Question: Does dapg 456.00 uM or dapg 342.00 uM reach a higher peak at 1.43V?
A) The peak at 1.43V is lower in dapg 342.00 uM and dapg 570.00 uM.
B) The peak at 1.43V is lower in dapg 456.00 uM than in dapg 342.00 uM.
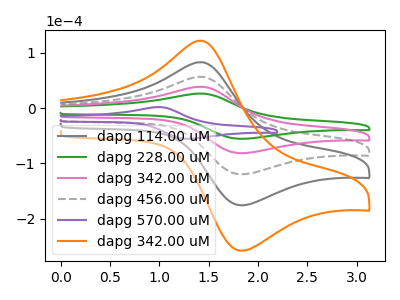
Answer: <think>The gray curve "dapg 114.00 uM" has an anodic peak at (1.45V, 115.35uA) and a cathodic peak at (1.85V, -244.60uA). The green curve "dapg 228.00 uM" has an anodic peak at (1.45V, 26.20uA) and a cathodic peak at (1.85V, -55.55uA). The pink curve "dapg 342.00 uM" has an anodic peak at (1.45V, 38.45uA) and a cathodic peak at (1.85V, -81.55uA). The gray dashed curve "dapg 456.00 uM" has an anodic peak at (1.45V, 76.90uA) and a cathodic peak at (1.85V, -163.05uA). The purple curve "dapg 570.00 uM" has an anodic peak at (1.00V, 1.80uA) and a cathodic peak at (1.30V, -55.55uA). The orange curve "dapg 342.00 uM" has an anodic peak at (1.45V, 153.85uA) and a cathodic peak at (1.85V, -326.15uA).</think>
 <answer>B) The peak at 1.43V is lower in "dapg 456.00 uM" than in "dapg 342.00 uM".</answer>
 <eval>B</eval>